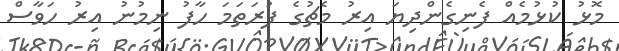
މޮޅު ކުޅުމެއް ފެނިގެންދިޔަ އިރު މެޗުގެ ފުރަތަމަ ހާފު ނިމުނު އިރު ހަވާސް